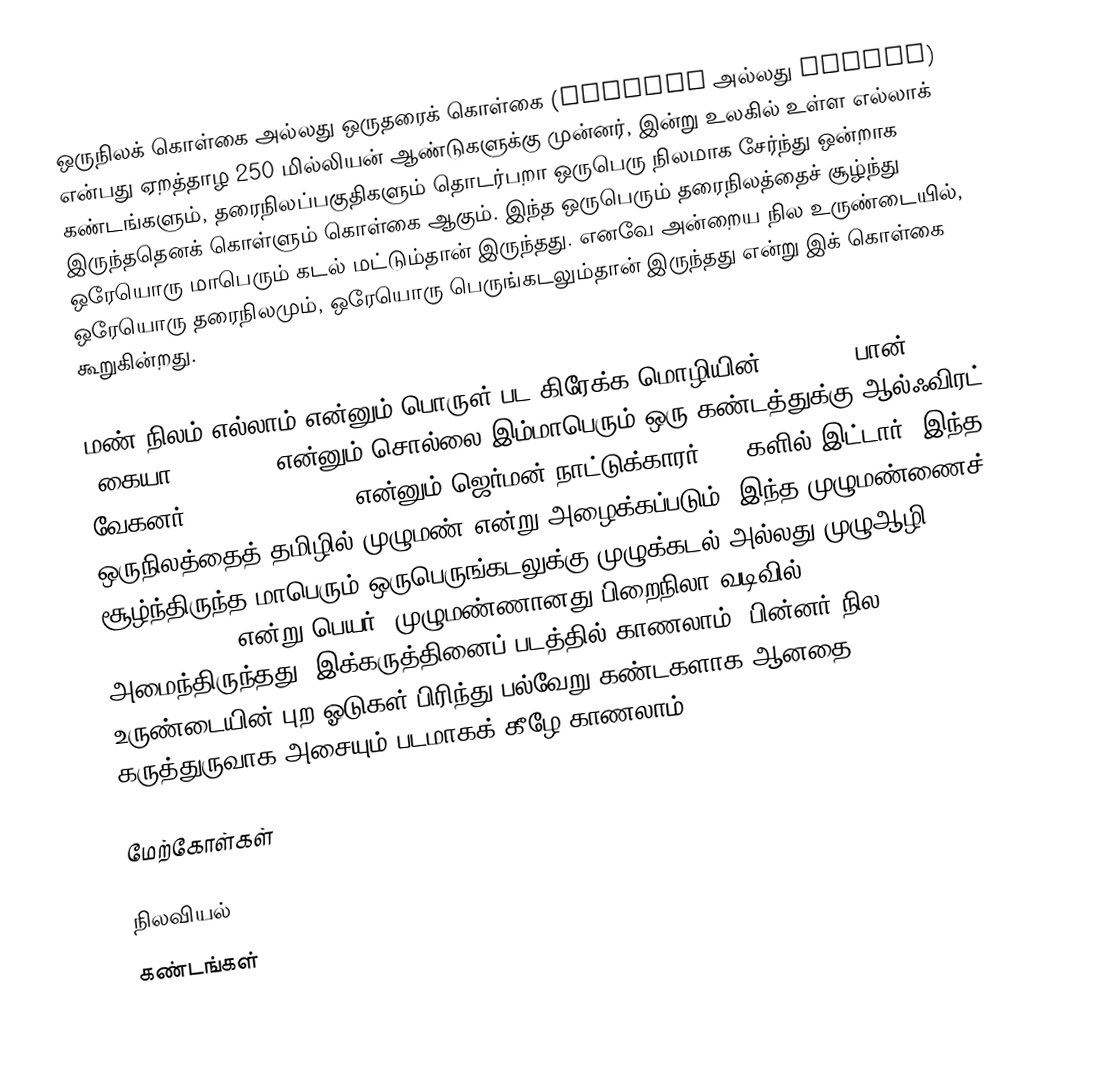
ஒருநிலக் கொள்கை அல்லது ஒருதரைக் கொள்கை (Pangaea அல்லது Pangea) என்பது ஏறத்தாழ 250 மில்லியன் ஆண்டுகளுக்கு முன்னர், இன்று உலகில் உள்ள எல்லாக் கண்டங்களும், தரைநிலப்பகுதிகளும் தொடர்பறா ஒருபெரு நிலமாக சேர்ந்து ஒன்றாக இருந்ததெனக் கொள்ளும் கொள்கை ஆகும். இந்த ஒருபெரும் தரைநிலத்தைச் சூழ்ந்து ஒரேயொரு மாபெரும் கடல் மட்டும்தான் இருந்தது. எனவே அன்றைய நில உருண்டையில், ஒரேயொரு தரைநிலமும், ஒரேயொரு பெருங்கடலும்தான் இருந்தது என்று இக் கொள்கை கூறுகின்றது.

மண் நிலம் எல்லாம் என்னும் பொருள் பட கிரேக்க மொழியின் Παγγαία (பான் 'கையா, pangaea) என்னும் சொல்லை இம்மாபெரும் ஒரு கண்டத்துக்கு ஆல்ஃவிரட் வேகனர் (Alfred Wegener) என்னும் ஜெர்மன் நாட்டுக்காரர் 1920களில் இட்டார். இந்த ஒருநிலத்தைத் தமிழில் முழுமண் என்று அழைக்கப்படும். இந்த முழுமண்ணைச் சூழ்ந்திருந்த மாபெரும் ஒருபெருங்கடலுக்கு முழுக்கடல் அல்லது முழுஆழி (Panthalassa) என்று பெயர். முழுமண்ணானது பிறைநிலா வடிவில் அமைந்திருந்தது. இக்கருத்தினைப் படத்தில் காணலாம். பின்னர் நில உருண்டையின் புற ஓடுகள் பிரிந்து பல்வேறு கண்டகளாக ஆனதை கருத்துருவாக அசையும் படமாகக் கீழே காணலாம்.

மேற்கோள்கள்

நிலவியல்
கண்டங்கள்